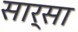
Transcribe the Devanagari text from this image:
सार्सा